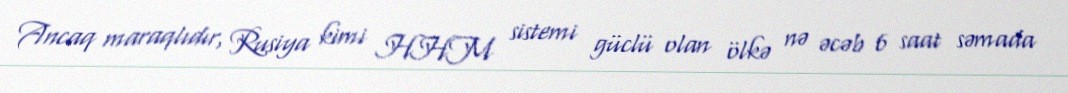
Ancaq maraqlıdır, Rusiya kimi HHM sistemi güclü olan ölkə nə əcəb 6 saat səmada